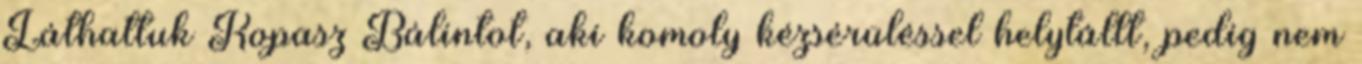
Láthattuk Kopasz Bálintot, aki komoly kézsérüléssel helytállt, pedig nem